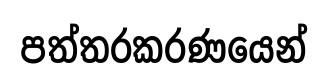
පත්තරකරණයෙන්